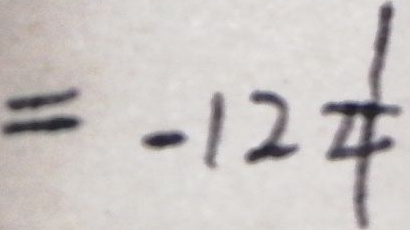
= - 1 2 \frac { 1 } { 4 }